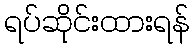
ရပ်ဆိုင်းထားရန်